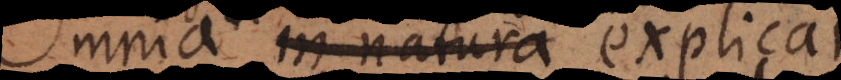
Omnia in natura ph